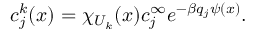
c _ { j } ^ { k } ( x ) = \chi _ { U _ { k } } ( x ) c _ { j } ^ { \infty } e ^ { - \beta q _ { j } \psi ( x ) } .